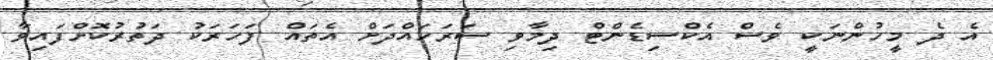
އެ ދެ މީހުންނަކީ ވެސް އެކްސިޑެންޓް ދިމާވި ސަރަހައްދަށް އެތައް ފަހަރަކު ދަތުރުކޮށްފައިވާ